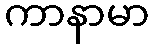
ကာနာမာ